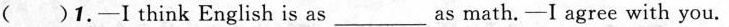
( )1.-I think English is as ___ as math.-I agree with you.